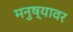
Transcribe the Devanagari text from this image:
मनुष्यावर